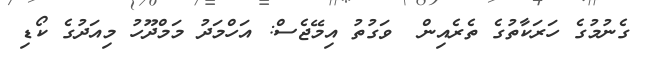
ގެނުމުގެ ހަރަކާތުގެ ތެރެއިން  ވަގުތު އިމޭޖެސް: އަހްމަދު މަމްދޫހު މިއަދުގެ ކޯޑި